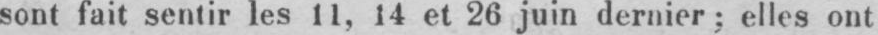
sont fait sentir les 11, 14 et 26 juin dernier; elles ont